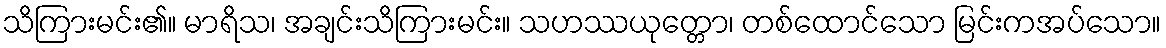
သိကြားမင်း၏။ မာရိသ၊ အချင်းသိကြားမင်း။ သဟဿယုတ္တော၊ တစ်ထောင်သော မြင်းကအပ်သော။